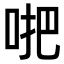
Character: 𠴙